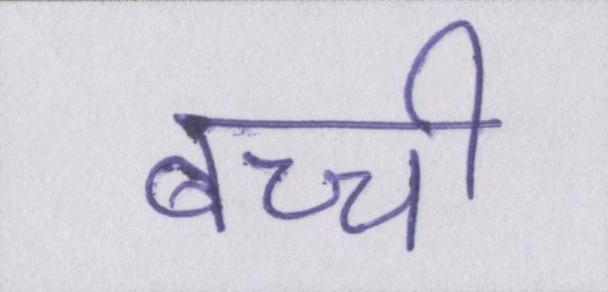
बच्ची